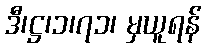
ဒီ၊ဋ္ဌ၊၁၊၇၁၊ မှယူရန်